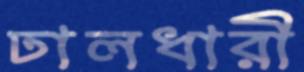
ঢালধারী